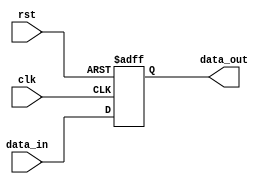
module timing_control(
    input wire clk,
    input wire rst,
    input wire data_in,
    output reg data_out
);

// Synchronization block using flip-flop
always @(posedge clk or posedge rst) begin
    if (rst) begin
        data_out <= 1'b0;
    end else begin
        data_out <= data_in;
    end
end

endmodule